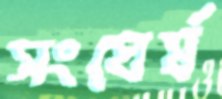
সংঘের্ষ